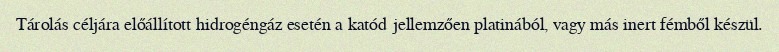
Tárolás céljára előállított hidrogéngáz esetén a katód jellemzően platinából, vagy más inert fémből készül.